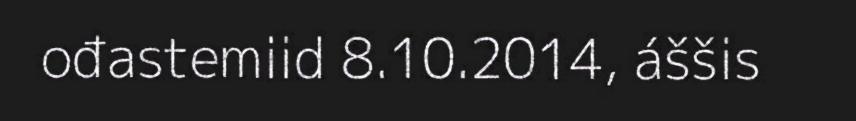
ođastemiid 8.10.2014, áššis